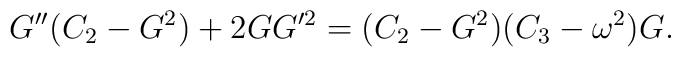
G''( C_2 - G^2 ) + 2GG'^2 = ( C_2 - G^2 )( C_3 - \omega^2 )G.